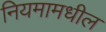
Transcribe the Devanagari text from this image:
नियमामधील